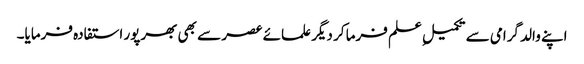
اپنے والد گرامی سے تکمیلِ علم فرما کر دیگر علمائے عصر سے بھی بھرپور استفادہ فرمایا۔